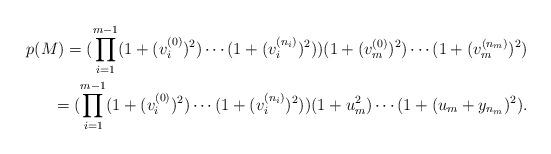
LaTeX: \begin{align*}p(M)=(\prod_{i=1}^{m-1}(1+(v_i^{(0)})^2)\cdots(1+(v_i^{(n_i)})^2))(1+(v_{m}^{(0)})^2)\cdots(1+(v_{m}^{(n_m)})^2)\\ =(\prod_{i=1}^{m-1}(1+(v_i^{(0)})^2)\cdots(1+(v_i^{(n_i)})^2))(1+u_m^2)\cdots(1+(u_m+y_{n_m})^2). \end{align*}